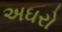
અઘરો